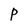
Character: P